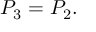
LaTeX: P _ { 3 } = P _ { 2 } .